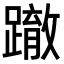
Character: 𨅊